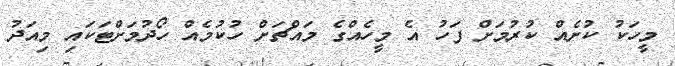
މީހަކު ކުށެއް ކުރުމަށް ފަހު އެ މީހެއްގެ މައްޗަށް ހުކުމެއް ހޯދުމަށްޓަކައި މިއަދު